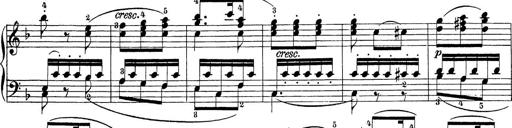
Title: Sonatina Album
Composer: Louis KÃ¶hler